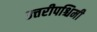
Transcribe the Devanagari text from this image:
उत्तरीपश्चिमी